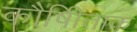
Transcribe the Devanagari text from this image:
कौषीिताक